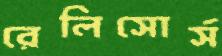
রেলিসোর্স